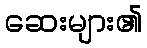
ဆေးများ၏